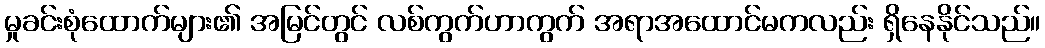
မှုခင်းစုံထောက်များ၏ အမြင်တွင် လစ်ကွက်ဟာကွက် အရာအထောင်မကလည်း ရှိနေနိုင်သည်။